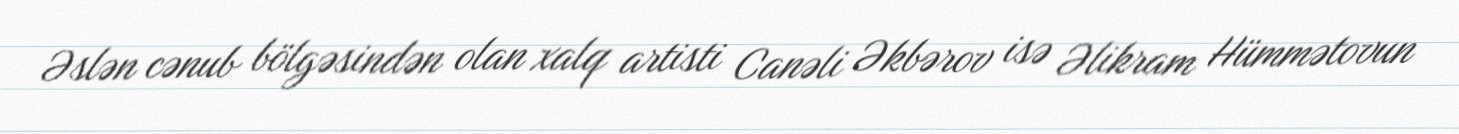
Əslən cənub bölgəsindən olan xalq artisti Canəli Əkbərov isə Əlikram Hümmətovun